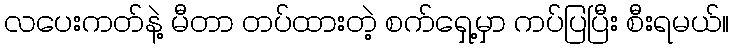
လပေးကတ်နဲ့ မီတာ တပ်ထားတဲ့ စက်ရှေ့မှာ ကပ်ပြပြီး စီးရမယ်။